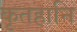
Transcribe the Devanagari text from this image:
कृतहानि